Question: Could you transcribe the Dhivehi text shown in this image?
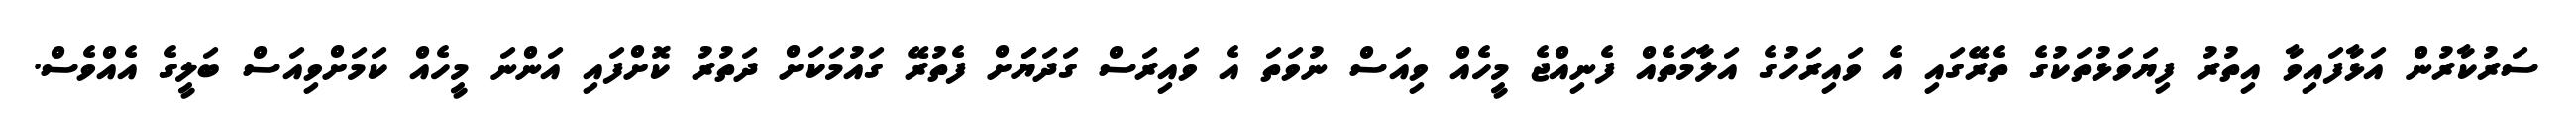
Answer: ސަރުކާރުން އަޅާފައިވާ އިތުރު ފިޔަވަޅުތަކުގެ ތެރޭގައި އެ ވައިރަހުގެ އަލާމަތެއް ފެނިއްޖެ މީހެއް ވިއަސް ނުވަތަ އެ ވައިރަސް ގަދަޔަަށް ފެތުރޭ ގައުމަކަށް ދަތުރު ކޮށްފައި އަންނަ މީހެއް ކަމަށްވިއަސް ބަލީގެ އެއްވެސް.